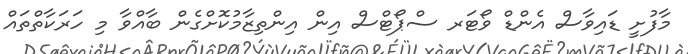
މާފުށީ ޑައިވާސް އެންޑް ވޯޓަރ ސްޕޯޓްސް އިން އިންތިޒާމުކޮށްގެން ބާއްވާ މި ހަރަކާތްތައް